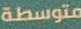
متوسطة